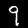
Digit: 9